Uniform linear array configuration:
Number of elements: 12
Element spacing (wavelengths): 1
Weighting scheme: kaiser
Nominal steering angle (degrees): -30
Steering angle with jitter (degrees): -31.9
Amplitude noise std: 0.05
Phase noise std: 0.05

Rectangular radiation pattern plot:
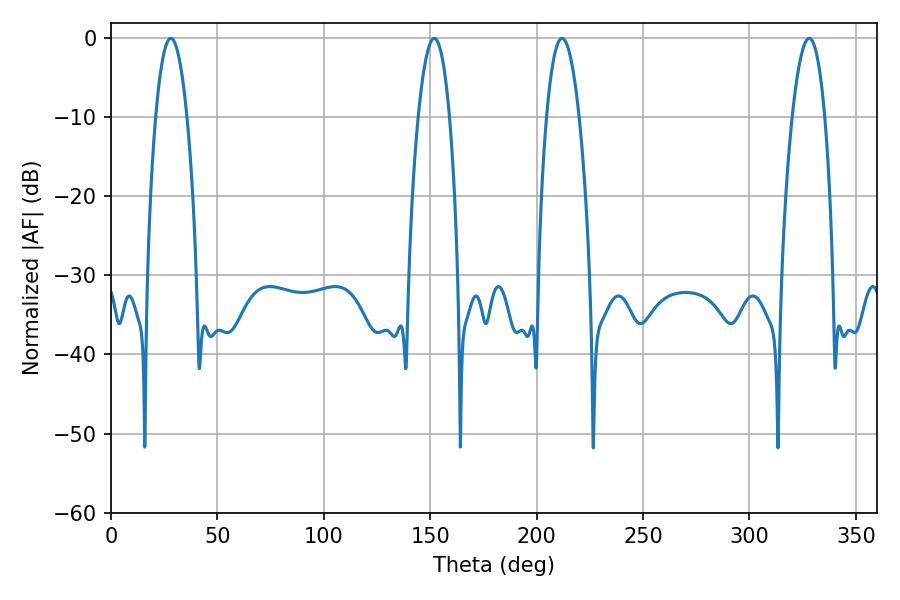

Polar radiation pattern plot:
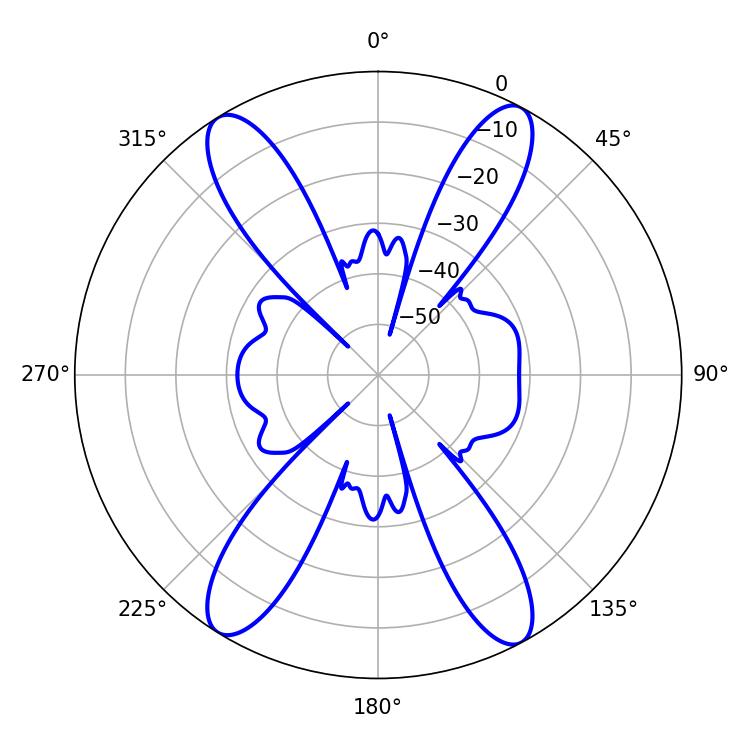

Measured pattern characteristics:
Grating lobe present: TRUE
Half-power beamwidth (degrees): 8.1
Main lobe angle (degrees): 28.08